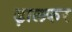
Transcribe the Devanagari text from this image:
ढ़ालकर